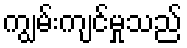
ကျွမ်းကျင်မှုသည်